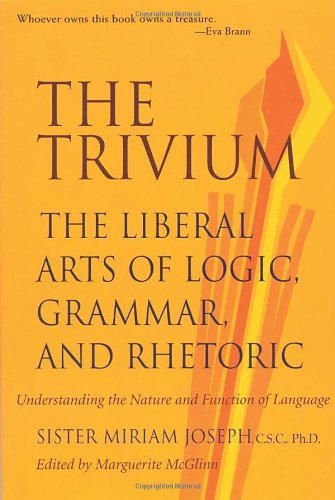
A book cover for The Trivium: The Liberal Arts of Logic, Grammar, and Rhetoric; Sister Miriam Joseph; Reference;